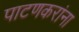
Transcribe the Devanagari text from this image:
पाटणकरांना